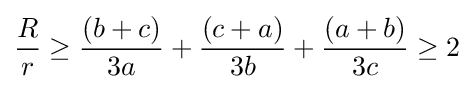
{\frac {R}{r}}\geq {\frac {(b+c)}{3a}}+{\frac {(c+a)}{3b}}+{\frac {(a+b)}{3c}}\geq 2